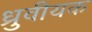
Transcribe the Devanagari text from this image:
ध्रुवीयक